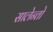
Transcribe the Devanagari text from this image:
सालेन्तो